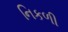
નિકળી